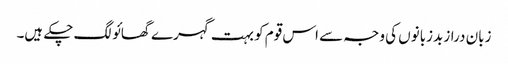
زبان دراز بدزبانوں کی وجہ سے اس قوم کو بہت گہرے گھائو لگ چکے ہیں۔